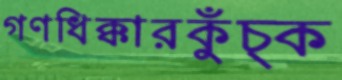
গণধিক্কারকুঁচ্‌ক